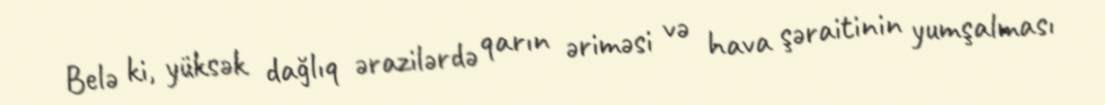
Belə ki, yüksək dağlıq ərazilərdə qarın əriməsi və hava şəraitinin yumşalması